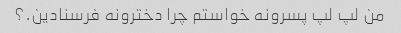
من لپ لپ پسرونه خواستم چرا دخترونه فرسنادین.؟